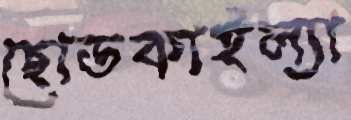
ছোডকাইল্যা